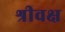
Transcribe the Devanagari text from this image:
श्रीवक्ष